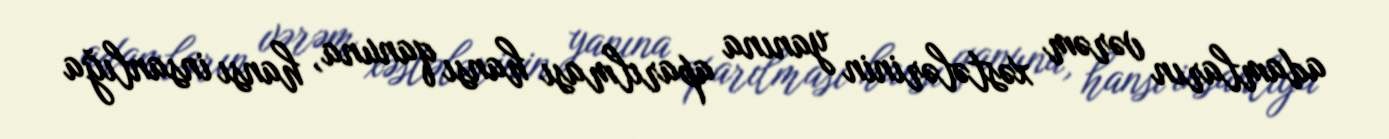
adamların vərəm xəstələrinin yanına aparılması hansı qanuna, hansı insanlığa